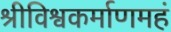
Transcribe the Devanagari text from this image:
श्रीविश्वकर्माणमहं